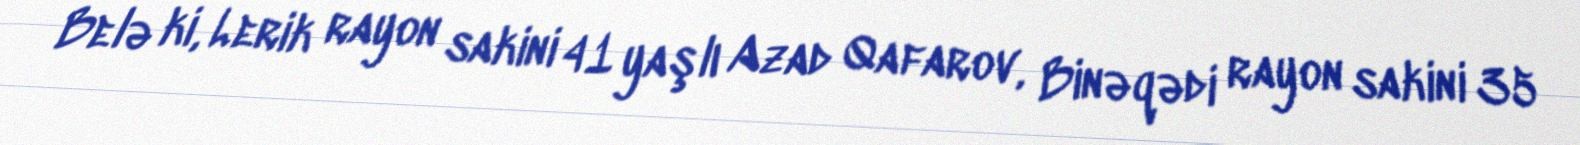
Belə ki, Lerik rayon sakini 41 yaşlı Azad Qafarov, Binəqədi rayon sakini 35